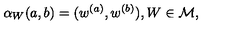
\alpha _ { W } ( a , b ) = ( w ^ { ( a ) } , w ^ { ( b ) } ) , W \in { \cal M } ,